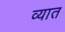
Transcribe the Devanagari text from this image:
व्यात